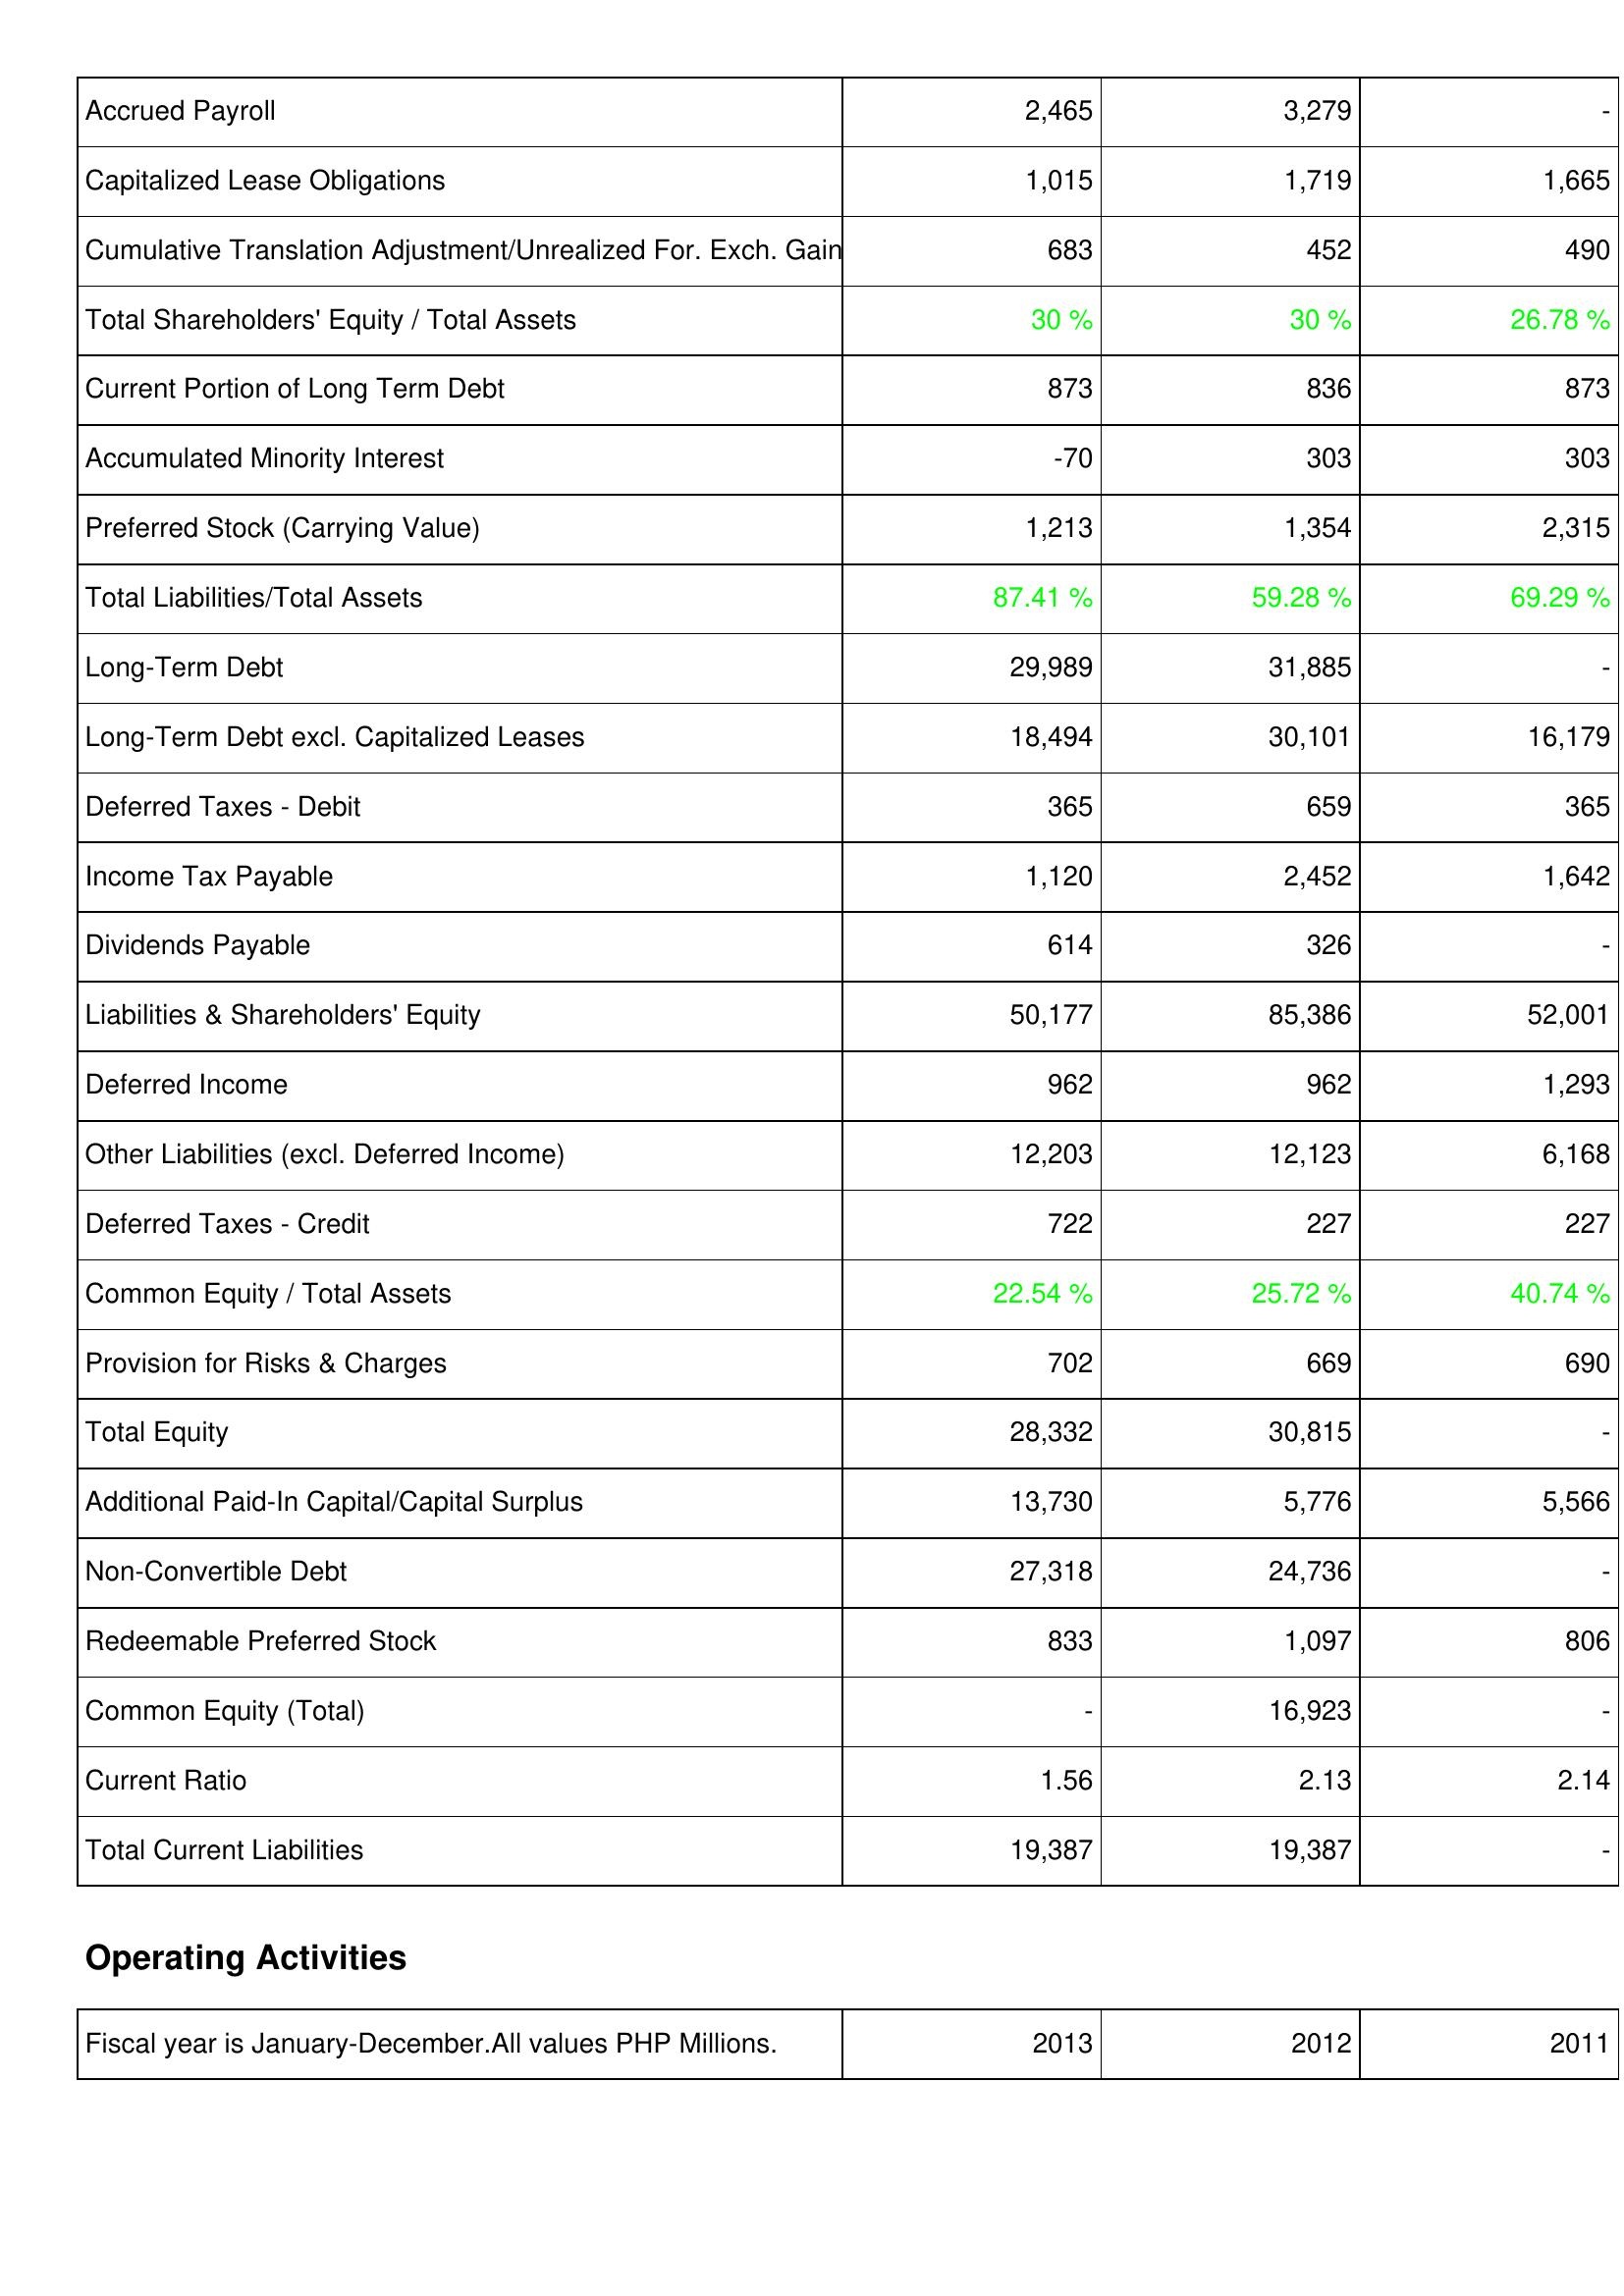
2013: Liabilities & Shareholders' Equity: Accrued Payroll: 2,465
Capitalized Lease Obligations: 1,015
Cumulative Translation Adjustment/Unrealized For. Exch. Gain: 683
Total Shareholders' Equity / Total Assets: 30 %
Current Portion of Long Term Debt: 873
Accumulated Minority Interest: -70
Preferred Stock (Carrying Value): 1,213
Total Liabilities/Total Assets: 87.41 %
Long-Term Debt: 29,989
Long-Term Debt excl. Capitalized Leases: 18,494
Deferred Taxes - Debit: 365
Income Tax Payable: 1,120
Dividends Payable: 614
Liabilities & Shareholders' Equity: 50,177
Deferred Income: 962
Other Liabilities (excl. Deferred Income): 12,203
Deferred Taxes - Credit: 722
Common Equity / Total Assets: 22.54 %
Provision for Risks & Charges: 702
Total Equity: 28,332
Additional Paid-In Capital/Capital Surplus: 13,730
Non-Convertible Debt: 27,318
Redeemable Preferred Stock: 833
Common Equity (Total): -
Current Ratio: 1.56
Total Current Liabilities: 19,387
2012: Liabilities & Shareholders' Equity: Accrued Payroll: 3,279
Capitalized Lease Obligations: 1,719
Cumulative Translation Adjustment/Unrealized For. Exch. Gain: 452
Total Shareholders' Equity / Total Assets: 30 %
Current Portion of Long Term Debt: 836
Accumulated Minority Interest: 303
Preferred Stock (Carrying Value): 1,354
Total Liabilities/Total Assets: 59.28 %
Long-Term Debt: 31,885
Long-Term Debt excl. Capitalized Leases: 30,101
Deferred Taxes - Debit: 659
Income Tax Payable: 2,452
Dividends Payable: 326
Liabilities & Shareholders' Equity: 85,386
Deferred Income: 962
Other Liabilities (excl. Deferred Income): 12,123
Deferred Taxes - Credit: 227
Common Equity / Total Assets: 25.72 %
Provision for Risks & Charges: 669
Total Equity: 30,815
Additional Paid-In Capital/Capital Surplus: 5,776
Non-Convertible Debt: 24,736
Redeemable Preferred Stock: 1,097
Common Equity (Total): 16,923
Current Ratio: 2.13
Total Current Liabilities: 19,387
2011: Liabilities & Shareholders' Equity: Accrued Payroll: -
Capitalized Lease Obligations: 1,665
Cumulative Translation Adjustment/Unrealized For. Exch. Gain: 490
Total Shareholders' Equity / Total Assets: 26.78 %
Current Portion of Long Term Debt: 873
Accumulated Minority Interest: 303
Preferred Stock (Carrying Value): 2,315
Total Liabilities/Total Assets: 69.29 %
Long-Term Debt: -
Long-Term Debt excl. Capitalized Leases: 16,179
Deferred Taxes - Debit: 365
Income Tax Payable: 1,642
Dividends Payable: -
Liabilities & Shareholders' Equity: 52,001
Deferred Income: 1,293
Other Liabilities (excl. Deferred Income): 6,168
Deferred Taxes - Credit: 227
Common Equity / Total Assets: 40.74 %
Provision for Risks & Charges: 690
Total Equity: -
Additional Paid-In Capital/Capital Surplus: 5,566
Non-Convertible Debt: -
Redeemable Preferred Stock: 806
Common Equity (Total): -
Current Ratio: 2.14
Total Current Liabilities: -